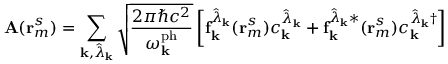
\mathbf { A } ( \mathbf { r } _ { m } ^ { s } ) = \sum _ { \mathbf { k } , \hat { \lambda } _ { \mathbf { k } } } \sqrt { \frac { 2 \pi \hbar c ^ { 2 } } { \omega _ { \mathbf { k } } ^ { \mathrm { p h } } } } \left[ \mathbf { f } _ { \mathbf { k } } ^ { \hat { \lambda } _ { \mathbf { k } } } ( \mathbf { r } _ { m } ^ { s } ) c _ { \mathbf { k } } ^ { \hat { \lambda } _ { \mathbf { k } } } + { \mathbf { f } _ { \mathbf { k } } ^ { \hat { \lambda } _ { \mathbf { k } } * } } ( \mathbf { r } _ { m } ^ { s } ) { c _ { \mathbf { k } } ^ { \hat { \lambda } _ { \mathbf { k } } \dagger } } \right]